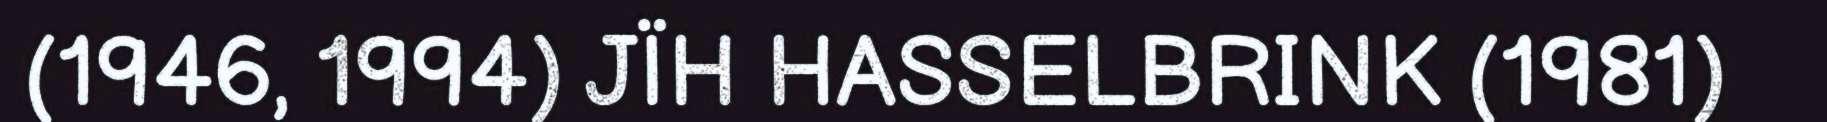
(1946, 1994) JÏH HASSELBRINK (1981)